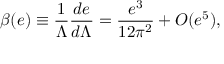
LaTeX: \beta ( e ) \equiv { \frac { 1 } { \Lambda } } { \frac { d e } { d \Lambda } } = { \frac { e ^ { 3 } } { 1 2 \pi ^ { 2 } } } + O ( e ^ { 5 } ) ,